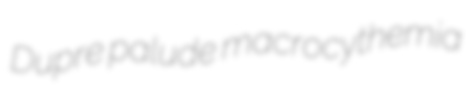
Dupre palude macrocythemia